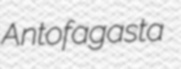
Antofagasta